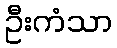
ဦးကံသာ